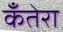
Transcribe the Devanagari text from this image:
कँतेरा